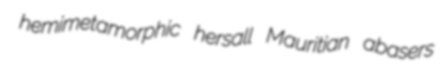
hemimetamorphic hersall Mauritian abasers